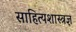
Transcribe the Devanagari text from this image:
साहित्यशास्त्रज्ञ